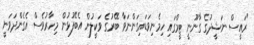
"ރައީސް ނަޝީދުގެ ގާނޫނީ ޓީމްގައި ހިމެނިވަޑައިގަންނަވާ ބޭރުގެ ވަކީލުން އެބޭފުޅުން މިހާރުވެސް އެގެންދަވަނީ